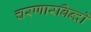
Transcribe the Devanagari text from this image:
चरणारविन्दों